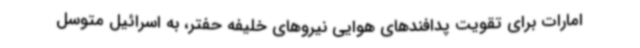
امارات برای تقویت پدافندهای هوایی نیروهای خلیفه حفتر، به اسرائیل متوسل